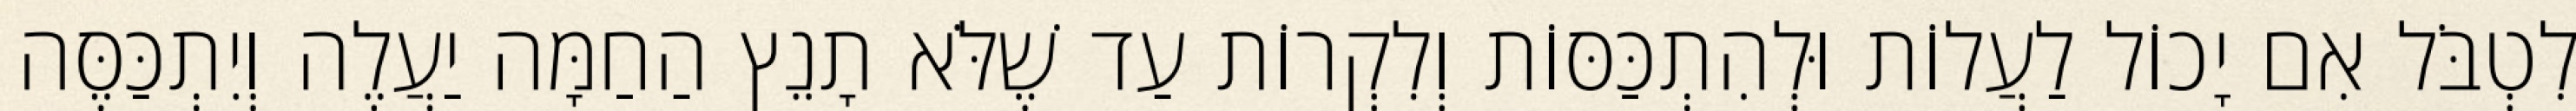
לִטְבֹּל אִם יָכוֹל לַעֲלוֹת וּלְהִתְכַּסּוֹת וְלִקְרוֹת עַד שֶׁלֹּא תָנֵץ הַחַמָּה יַעֲלֶה וְיִתְכַּסֶּה